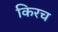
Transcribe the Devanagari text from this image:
किरच